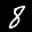
Label: 8